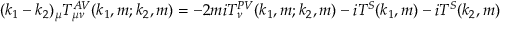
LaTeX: ( k _ { 1 } - k _ { 2 } ) _ { \mu } T _ { \mu \nu } ^ { A V } ( k _ { 1 } , m ; k _ { 2 } , m ) = - 2 m i T _ { \nu } ^ { P V } ( k _ { 1 } , m ; k _ { 2 } , m ) - i T ^ { S } ( k _ { 1 } , m ) - i T ^ { S } ( k _ { 2 } , m )